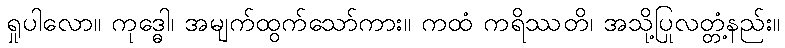
ရှုပါလော။ ကုဒ္ဓေါ၊ အမျက်ထွက်သော်ကား။ ကထံ ကရိဿတိ၊ အသို့ပြုလတ္တံ့နည်း။